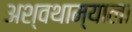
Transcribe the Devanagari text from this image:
अश्वथाम्याला